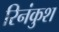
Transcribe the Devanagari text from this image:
रिनंकुश